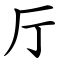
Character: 厅